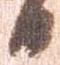
日